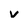
Character: v